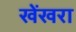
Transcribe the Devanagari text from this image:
खेंखरा